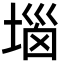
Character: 堖